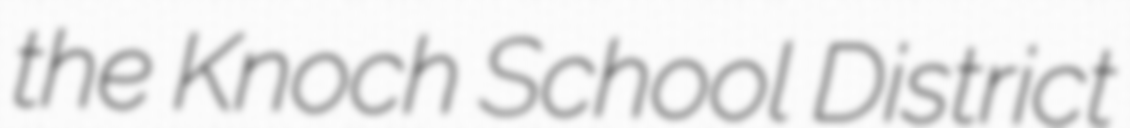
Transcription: the Knoch School District